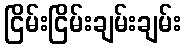
ငြိမ်းငြိမ်းချမ်းချမ်း